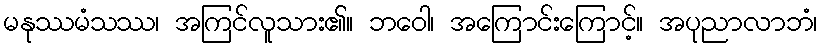
မနုဿမံသဿ၊ အကြင်လူသား၏။ ဘဝေါ၊ အကြောင်းကြောင့်။ အပုညာလာဘံ၊